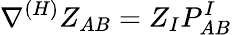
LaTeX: \nabla^{(H)}Z_{AB}=Z_{I}P_{AB}^{I}